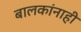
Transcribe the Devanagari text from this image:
बालकांनाही